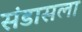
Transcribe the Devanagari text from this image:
संडासला